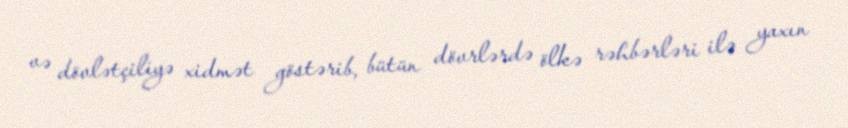
və dövlətçiliyə xidmət göstərib, bütün dövrlərdə ölkə rəhbərləri ilə yaxın